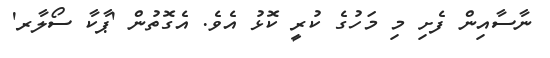
ނާސާއިން ފެށި މި މަހުގެ ކުރީ ކޮޅު އެވެ. އެގޮތުން 'ޕާކާ ސޯލާރ'